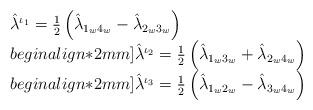
LaTeX: \begin{align*}\begin{array}{l}\hat\lambda^{\iota_1}={1\over2} \left(\hat\lambda_{1_w4_w}-\hat\lambda_{2_w3_w}\right) \\begin{align*}2mm]\hat\lambda^{\iota_2}={1\over2} \left(\hat\lambda_{1_w3_w}+\hat\lambda_{2_w4_w}\right) \\begin{align*}2mm]\hat\lambda^{\iota_3}={1\over2} \left(\hat\lambda_{1_w2_w}-\hat\lambda_{3_w4_w}\right)\end{array}\hskip5.9cm\end{align*}